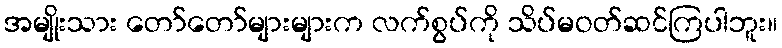
အမျိုးသား တော်တော်များများက လက်စွပ်ကို သိပ်မဝတ်ဆင်ကြပါဘူး။